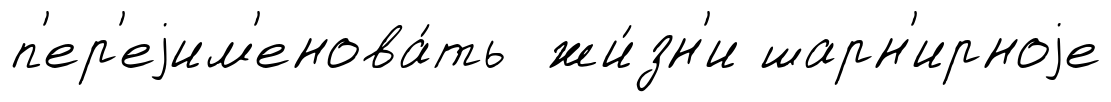
п'ер'еjим'енова́ть жи́зн'и шарн'ирноjе